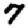
Digit: 7